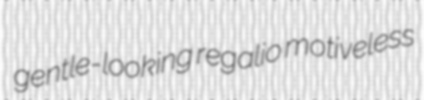
gentle-looking regalio motiveless